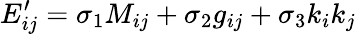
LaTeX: E_{ij}^{\prime}=\sigma_{1}M_{ij}+\sigma_{2}g_{ij}+\sigma_{3}k_{i}k_{j}